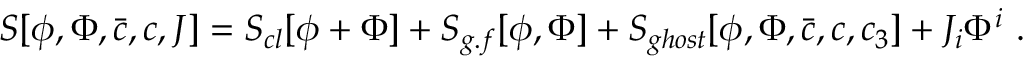
S [ \phi , \Phi , \bar { c } , c , J ] = S _ { c l } [ \phi + \Phi ] + S _ { g . f } [ \phi , \Phi ] + S _ { g h o s t } [ \phi , \Phi , \bar { c } , c , c _ { 3 } ] + J _ { i } \Phi ^ { i } \ .